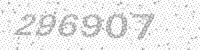
Solution: 296907